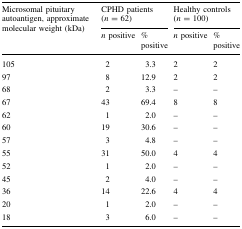
<table><thead><tr><td rowspan="2"><b>Microsomal pituitary autoantigen, approximate molecular weight (kDa)</b></td><td colspan="2"><b>CPHD patients (<i>n</i> = 62)</b></td><td colspan="2"><b>Healthy controls (<i>n</i> = 100)</b></td></tr><tr><td><b><i>n</i> positive</b></td><td><b>% positive</b></td><td><b><i>n</i> positive</b></td><td><b>% positive</b></td></tr></thead><tbody><tr><td>105</td><td>2</td><td>3.3</td><td>2</td><td>2</td></tr><tr><td>97</td><td>8</td><td>12.9</td><td>2</td><td>2</td></tr><tr><td>68</td><td>2</td><td>3.3</td><td>–</td><td>–</td></tr><tr><td>67</td><td>43</td><td>69.4</td><td>8</td><td>8</td></tr><tr><td>62</td><td>1</td><td>2.0</td><td>–</td><td>–</td></tr><tr><td>60</td><td>19</td><td>30.6</td><td>–</td><td>–</td></tr><tr><td>57</td><td>3</td><td>4.8</td><td>–</td><td>–</td></tr><tr><td>55</td><td>31</td><td>50.0</td><td>4</td><td>4</td></tr><tr><td>52</td><td>1</td><td>2.0</td><td>–</td><td>–</td></tr><tr><td>45</td><td>2</td><td>4.0</td><td>–</td><td>–</td></tr><tr><td>36</td><td>14</td><td>22.6</td><td>4</td><td>4</td></tr><tr><td>20</td><td>1</td><td>2.0</td><td>–</td><td>–</td></tr><tr><td>18</td><td>3</td><td>6.0</td><td>–</td><td>–</td></tr></tbody></table>